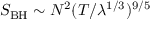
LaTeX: S _ { \mathrm { B H } } \sim N ^ { 2 } ( T / \lambda ^ { 1 / 3 } ) ^ { 9 / 5 }